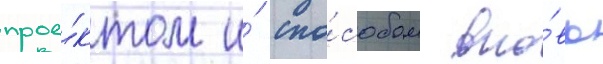
прое́ктом и́ спо́собом вно́вь